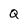
Character: Q